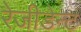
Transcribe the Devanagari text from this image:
रेजीडेन्ट